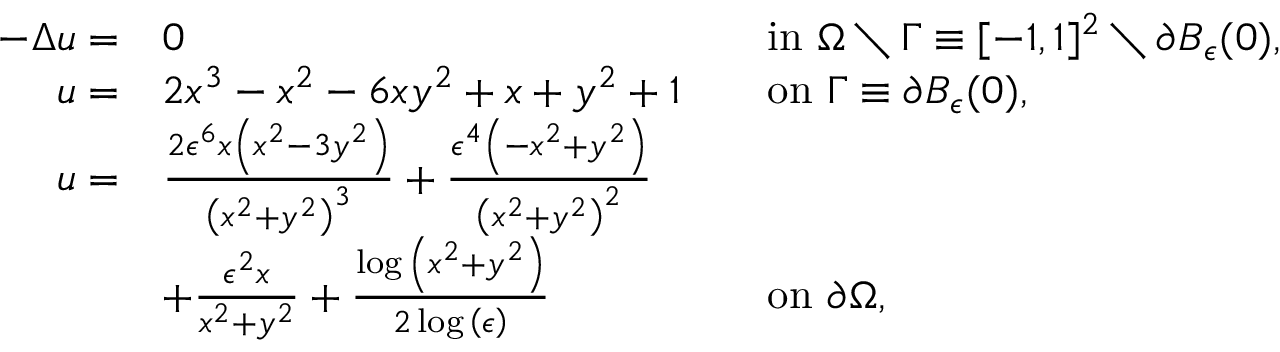
\begin{array} { r l r l } { - \Delta u = } & { 0 } & & { \mathrm { i n } \ \Omega \setminus \Gamma \equiv [ - 1 , 1 ] ^ { 2 } \setminus \partial B _ { \epsilon } ( 0 ) , } \\ { u = } & { 2 x ^ { 3 } - x ^ { 2 } - 6 x y ^ { 2 } + x + y ^ { 2 } + 1 } & & { \mathrm { o n } \ \Gamma \equiv \partial B _ { \epsilon } ( 0 ) , } \\ { u = } & { \frac { 2 \epsilon ^ { 6 } x \left( x ^ { 2 } - 3 y ^ { 2 } \right) } { \left( x ^ { 2 } + y ^ { 2 } \right) ^ { 3 } } + \frac { \epsilon ^ { 4 } \left( - x ^ { 2 } + y ^ { 2 } \right) } { \left( x ^ { 2 } + y ^ { 2 } \right) ^ { 2 } } } \\ & { + \frac { \epsilon ^ { 2 } x } { x ^ { 2 } + y ^ { 2 } } + \frac { \log { \left( x ^ { 2 } + y ^ { 2 } \right) } } { 2 \log { \left( \epsilon \right) } } } & & { \mathrm { o n } \ \partial \Omega , } \end{array}